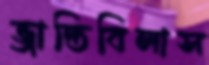
ভ্রান্তিবিলাস